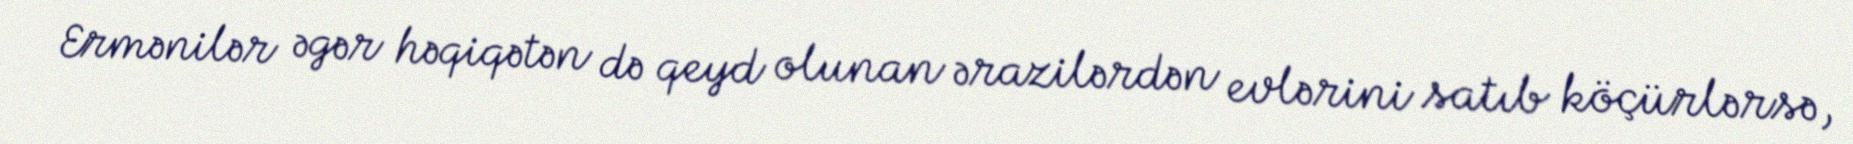
Ermənilər əgər həqiqətən də qeyd olunan ərazilərdən evlərini satıb köçürlərsə,